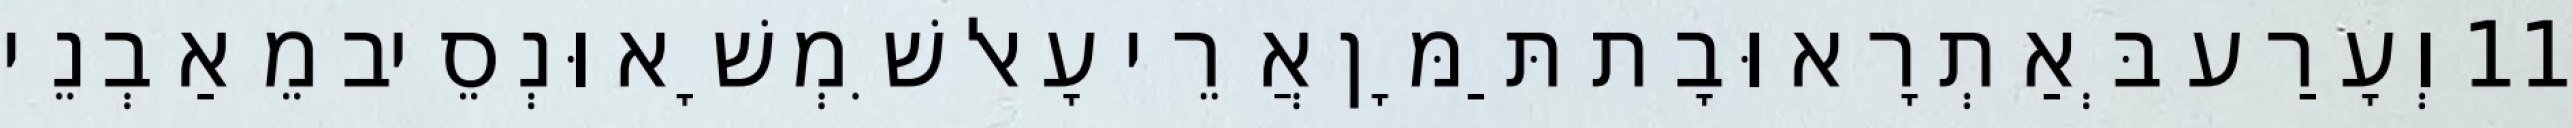
11 וְעָרַע בְּאַתְרָא וּבָת תַּמָּן אֲרֵי עָאל שִׁמְשָׁא וּנְסֵיב מֵאַבְנֵי